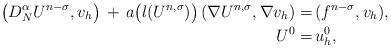
LaTeX: \begin{align*} \left( {D}^{\alpha}_{N}U^{n-\sigma}, v_h \right) \, + \, a\big(l(U^{n, \sigma})\big) \, (\nabla U^{n, \sigma}, \nabla v_h) =& \, (f^{n-\sigma}, v_h),\\ U^0 =& \, u^0_h,\end{align*}